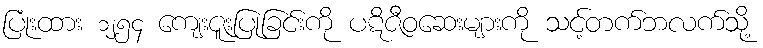
ပြုံးထား ၁၂၅၄ ကျေးဇူးပြုခြင်းကို ပဋိဇီဝဆေးများကို သင့်တက်ဘလက်သို့